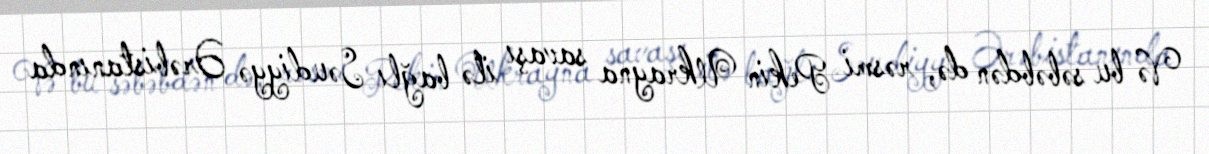
Və bu səbəbdən də, rəsmi Pekin Ukrayna savaşı ilə bağlı Səudiyyə Ərəbistanında